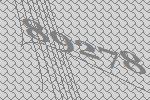
89278